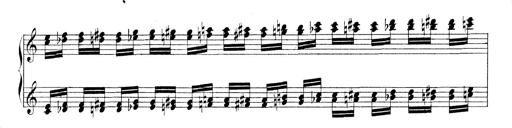
Title: Technische Studien
Composer: Franz Liszt